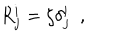
LaTeX: R _ { j } ^ { i } = \zeta \delta _ { j } ^ { i } \ \ ,